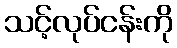
သင့်လုပ်ငန်းကို